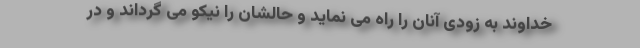
خداوند به زودی آنان را راه می نماید و حالشان را نیکو می گرداند و در